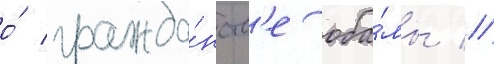
о́ гражда́нств'е оба́мы //